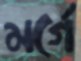
মর্গে